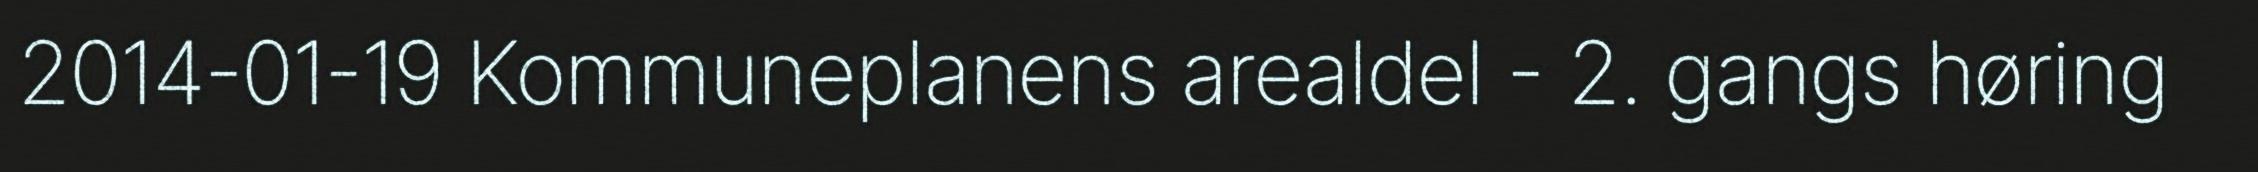
2014-01-19 Kommuneplanens arealdel - 2. gangs høring